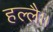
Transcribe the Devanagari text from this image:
हल्लै।।